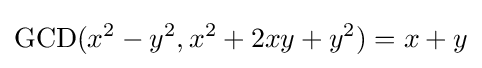
\mathrm {GCD} (x^{2}-y^{2},x^{2}+2xy+y^{2})=x+y